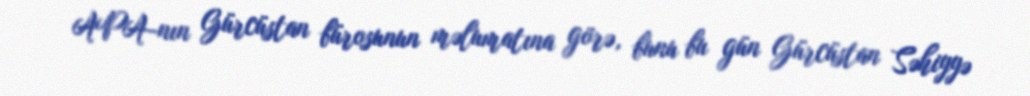
APA-nın Gürcüstan bürosunun məlumatına görə, bunu bu gün Gürcüstan Səhiyyə